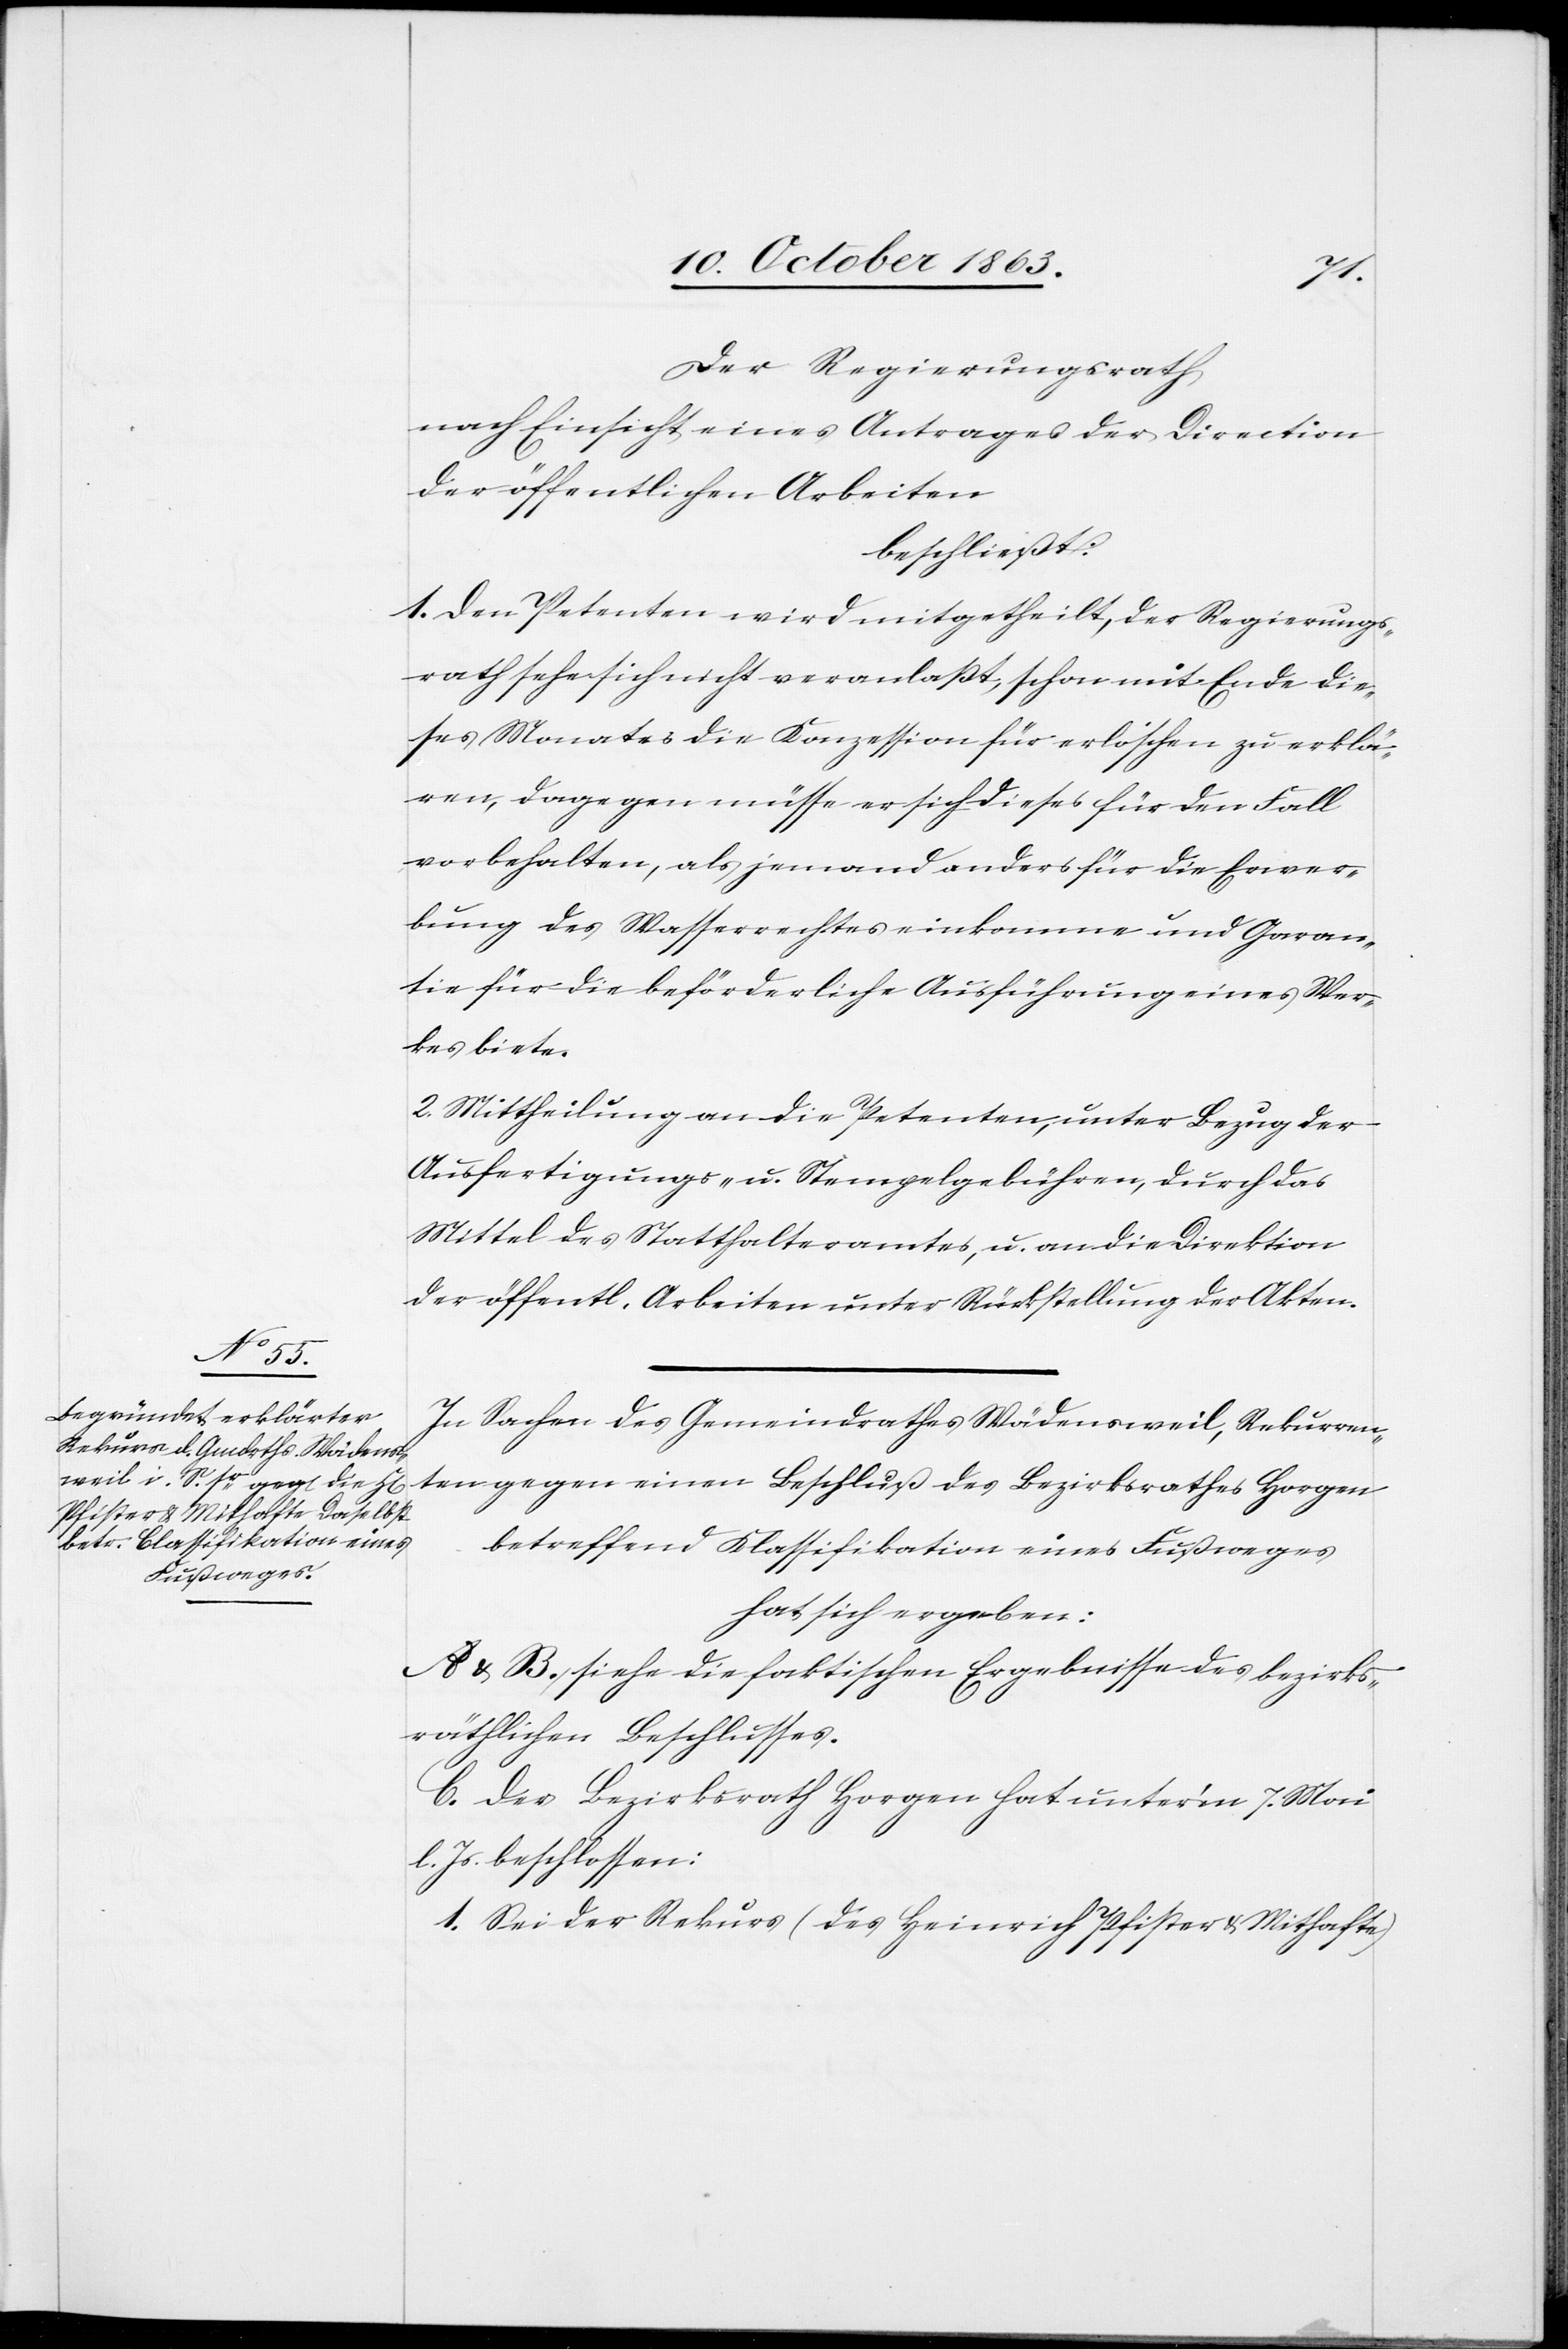
Der Regierungsrath
nach Einsicht eines Antrages der Direktion
der öffentlichen Arbeiten
beschließt:
1. Den Petenten wird mitgetheilt, der Regierungs¬
rath sehe sich nicht veranlaßt, schon mit Ende die¬
ses Monates die Konzession für erloschen zu erklä¬
ren, dagegen müsse er sich dieses für den Fall
vorbehalten, als jemand anders für die Erwer¬
bung des Wasserrechtes einkomme und Garan¬
tie für die beförderliche Ausführung eines Wer¬
kes biete.
2. Mittheilung an die Petenten, unter Bezug der
Ausfertigungs- u. Stempelgebühren, durch das
Mittel des Statthalteramtes, u. an die Direktion
der öffentl. Arbeiten unter Rückstellung der Akten.
In Sachen des Gemeindrathes Wädensweil, Rekurren¬
ten gegen einen Beschluß des Bezirksrathes Horgen
betreffend Klassifikation eines Fußweges
hat sich ergeben:
A & B. siehe die faktischen Ergebnisse des bezirks¬
räthlichen Beschlusses.
C. Der Bezirksrath Horgen hat unter'm 7. Mai
l. Js. beschlossen:
1. Sei der Rekurs (des Heinrich Pfister & Mithafte)